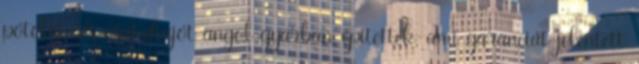
pótolni. A csatahajót angol gyárban építették, ami garanciát jelentett